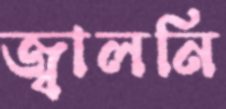
জ্বালনি